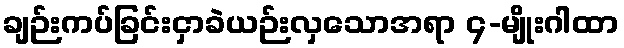
ချဉ်းကပ်ခြင်းငှာခဲယဉ်းလှသောအရာ ၄-မျိုးဂါထာ